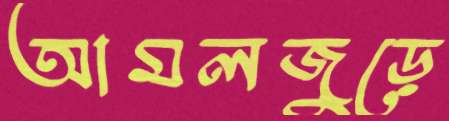
আমলজুড়ে